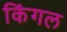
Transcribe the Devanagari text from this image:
किंगल